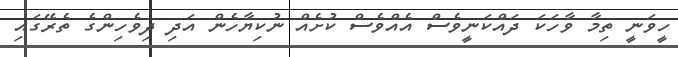
ހީވަނީ ތިމާ ވާހަކަ ދައްކަނީވެސް އެއްްވެސް ކުށެއް ނުކިޔާހެން އަދި ދިވެހިންގެ ތެރޭގައި